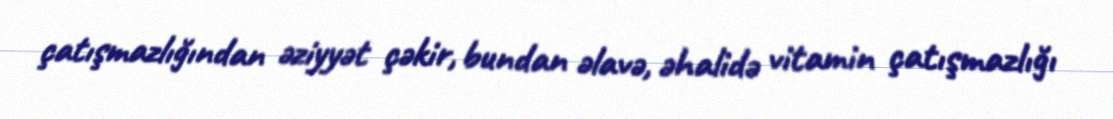
çatışmazlığından əziyyət çəkir, bundan əlavə, əhalidə vitamin çatışmazlığı